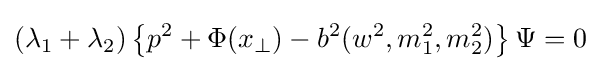
(\lambda _{1}+\lambda _{2})\left\{p^{2}+\Phi (x_{\perp })-b^{2}(w^{2},m_{1}^{2},m_{2}^{2})\right\}\Psi =0